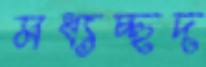
মধ্যচ্ছদ